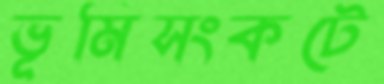
ভূমিসংকটে